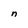
Character: n